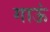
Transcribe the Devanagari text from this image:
गाऊं